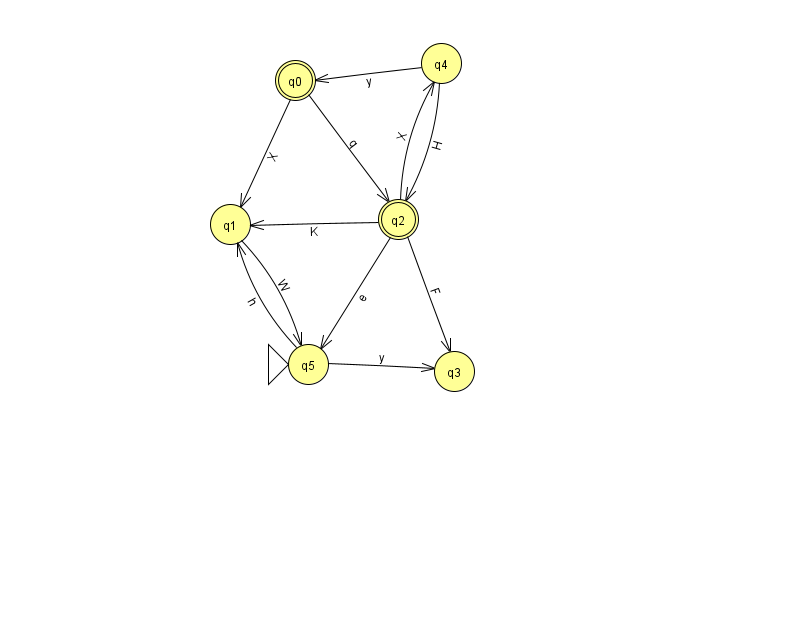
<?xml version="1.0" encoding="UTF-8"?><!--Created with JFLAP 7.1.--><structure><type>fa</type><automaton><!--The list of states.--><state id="0" name="q0"><x>295.0</x><y>67.0</y><final/></state><state id="1" name="q1"><x>230.0</x><y>211.0</y></state><state id="2" name="q2"><x>398.0</x><y>206.0</y><final/></state><state id="3" name="q3"><x>454.0</x><y>358.0</y></state><state id="4" name="q4"><x>441.0</x><y>50.0</y></state><state id="5" name="q5"><x>308.0</x><y>351.0</y><initial/></state><!--The list of transitions.--><transition><from>2</from><to>5</to><read>e</read></transition><transition><from>2</from><to>3</to><read>F</read></transition><transition><from>2</from><to>4</to><read>X</read></transition><transition><from>4</from><to>2</to><read>H</read></transition><transition><from>0</from><to>2</to><read>q</read></transition><transition><from>1</from><to>5</to><read>W</read></transition><transition><from>4</from><to>0</to><read>y</read></transition><transition><from>0</from><to>1</to><read>X</read></transition><transition><from>5</from><to>1</to><read>h</read></transition><transition><from>5</from><to>3</to><read>y</read></transition><transition><from>2</from><to>1</to><read>K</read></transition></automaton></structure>